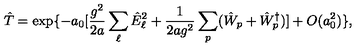
\hat { T } = \exp \{ - a _ { 0 } [ \frac { g ^ { 2 } } { 2 a } \sum _ { \ell } \hat { E } _ { \ell } ^ { 2 } + \frac { 1 } { 2 a g ^ { 2 } } \sum _ { p } ( \hat { W } _ { p } + \hat { W } _ { p } ^ { \dagger } ) ] + O ( a _ { 0 } ^ { 2 } ) \} ,